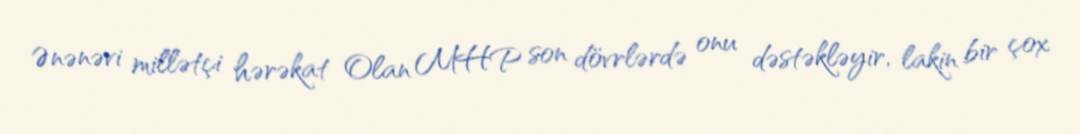
Ənənəvi millətçi hərəkat Olan MHP son dövrlərdə onu dəstəkləyir, lakin bir çox